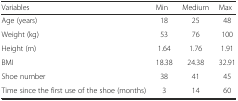
| Variables | Min | Medium | Max |
 | --- | --- | --- | --- |
 | Age (years) | 18 | 25 | 48 |
 | Weight (kg) | 53 | 76 | 100 |
 | Height (m) | 1.64 | 1.76 | 1.91 |
 | BMI | 18.38 | 24.38 | 32.91 |
 | Shoe number | 38 | 41 | 45 |
 | Time since the first use of the shoe (months) | 3 | 14 | 60 |